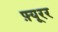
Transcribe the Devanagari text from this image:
फ़्यूरर